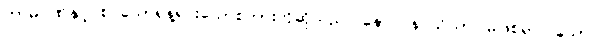
ကာမဂုဏ်နှင့် စပ်သောရုန့်ရင်းသောစကားကိုဆိုသည်။ နော ပန သိယာ၊ မဖြစ်ရာ။ သော